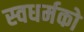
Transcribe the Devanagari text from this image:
स्‍वधर्मको